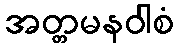
အတ္တမနဝါစံ